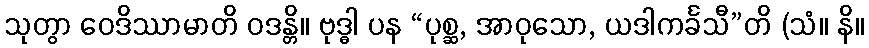
သုတွာ ဝေဒိဿာမာတိ ဝဒန္တိ။ ဗုဒ္ဓါ ပန “ပုစ္ဆ, အာဝုသော, ယဒါကင်္ခသီ”တိ (သံ။ နိ။